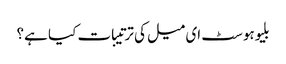
بلیوہوسٹ ای میل کی ترتیبات کیا ہے؟